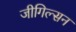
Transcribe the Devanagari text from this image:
जीगिल्सन